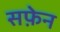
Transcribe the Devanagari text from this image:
सफ़ेन